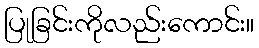
ပြုခြင်းကိုလည်းကောင်း။